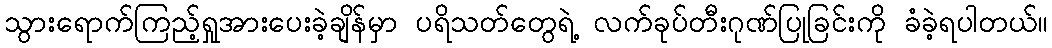
သွားရောက်ကြည့်ရှုအားပေးခဲ့ချိန်မှာ ပရိသတ်တွေရဲ့ လက်ခုပ်တီးဂုဏ်ပြုခြင်းကို ခံခဲ့ရပါတယ်။